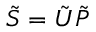
\tilde { S } = \tilde { U } \tilde { P }